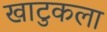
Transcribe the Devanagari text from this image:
खाटुकला